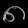
Digit: ၈